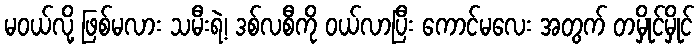
မဝယ်လို့ ဖြစ်မလား သမီးရဲ့၊ ဒစ်လစီကို ဝယ်လာပြီး ကောင်မလေး အတွက် တမှိုင်မှိုင်